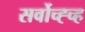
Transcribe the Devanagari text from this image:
सर्वोच्ह्च्ह